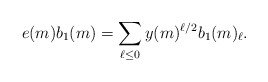
\begin{align*}e(m) b_1(m) = \sum_{\ell \leq 0} y(m)^{\ell/2} b_1(m)_{\ell}.\end{align*}